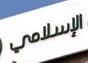
الإسلامي